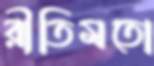
রীতিমতো